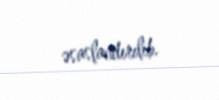
əsaslandırılıb.